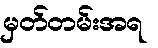
မှတ်တမ်းအရ